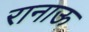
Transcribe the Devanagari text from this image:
रानाऊ